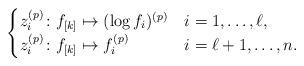
LaTeX: \begin{align*} \begin{cases} z_{i}^{(p)}\colon f_{[k]}\mapsto (\log f_{i})^{(p)}&i=1,\dotsc,\ell,\\ z_{i}^{(p)}\colon f_{[k]}\mapsto f_{i}^{(p)}&i=\ell+1,\dotsc,n. \end{cases} \end{align*}